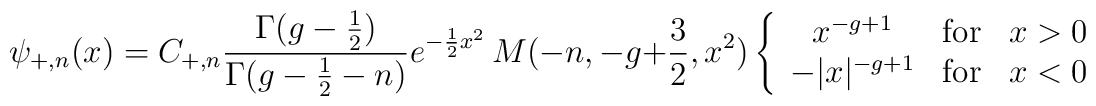
\psi_{+,n}(x) = C_{+,n}\frac{\Gamma(g-{1\over 2})}{\Gamma(g-{1\over2}-n)}e^{-{1\over 2}x^{2}}\,M(-n,-g+{3\over2},x^{2})\left\{\begin{array}{cll}                x^{-g+1}& {\rm for} & x>0\\                -|x|^{-g+1}& {\rm for} & x<0               \end{array}\right.